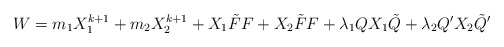
\begin{align*}W=m_1 X_1^{k+1} + m_2 X_2^{k+1} + X_1 \tilde{F} F + X_2 \tilde{F} F +\lambda_1 Q X_1 \tilde{Q} + \lambda_2 Q' X_2 \tilde{Q}'\end{align*}